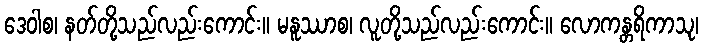
ဒေဝါစ၊ နတ်တို့သည်လည်းကောင်း။ မနူဿာစ၊ လူတို့သည်လည်းကောင်း။ လောကန္တရိကာသု၊